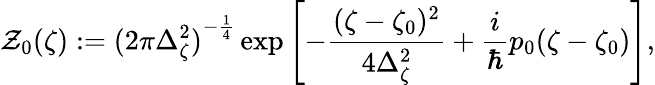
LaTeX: \mathcal{Z}_{0}(\zeta):={(2\pi\Delta_{\zeta}^{2})}^{-\frac 14}\exp\left[-\frac{(\zeta-\zeta_{0})^{2}}{4\Delta_{\zeta}^{2}}+\frac i\hbar p_{0}(\zeta-\zeta_{0})\right],